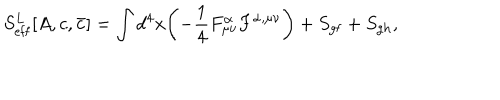
S _ { \mathrm { e f f } } ^ { L } [ A , c , { \bar { c } } ] = \int d ^ { 4 } x \biggl ( - { \frac { 1 } { 4 } } F _ { \mu \nu } ^ { \alpha } F ^ { \alpha , \mu \nu } \biggr ) + S _ { \mathrm { g f } } + S _ { \mathrm { g h } } ,